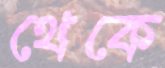
থেকে